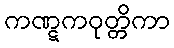
ကဏ္ဋကဝုတ္တိကာ